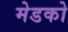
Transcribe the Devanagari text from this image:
मेडको